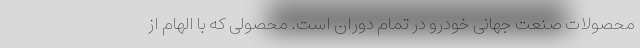
محصولات صنعت جهانی خودرو در تمام دوران است. محصولی که با الهام از